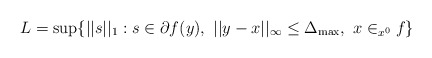
\begin{align*}L=\sup\{||s||_1:s\in\partial f(y),\ ||y-x||_{\infty}\leq\Delta_{\rm max},\ x\in _{x^0 }f\}\end{align*}